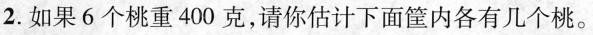
2.如果6个桃重400克，请你估计下面筐内各有几个桃。